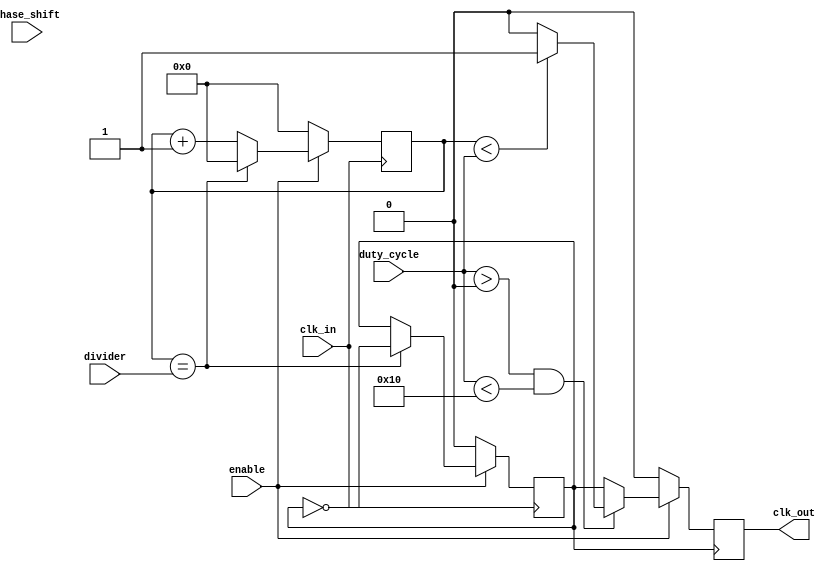
module programmable_clock_buffer (
    input wire clk_in,               // Primary clock input
    input wire enable,               // Enable signal for the clock buffer
    input wire [3:0] divider,        // Programmable frequency divider (2^N)
    input wire [3:0] phase_shift,    // Programmable phase shift
    input wire [3:0] duty_cycle,      // Programmable duty cycle (0-15)
    output reg clk_out               // Programmable output clock
);

    // Internal signals
    reg [3:0] counter;               // Counter for the clock divider
    reg clk_div;                     // Divided clock signal
    reg [3:0] phase_counter;         // Phase shift counter
    reg duty_signal;                 // Duty cycle modulated clock signal

    // Clock Divider Logic
    always @(posedge clk_in) begin
        if (enable) begin
            if (counter == divider) begin
                clk_div <= ~clk_div;  // Toggle divided clock
                counter <= 0;          // Reset counter
            end else begin
                counter <= counter + 1; // Increment counter
            end
        end else begin
            clk_div <= 0;              // Disable divided clock
            counter <= 0;              // Reset counter
        end
    end

    // Phase Shifter Logic
    always @(posedge clk_div) begin
        if (enable) begin
            if (phase_counter < phase_shift) begin
                phase_counter <= phase_counter + 1; // Increment phase counter
            end else begin
                phase_counter <= 0;                     // Reset phase counter
                duty_signal <= ~duty_signal;           // Toggle duty signal
            end
        end
    end

    // Duty Cycle Control Logic
    always @(posedge clk_div) begin
        if (enable) begin
            if (duty_cycle > 0 && duty_cycle < 16) begin
                if (counter < duty_cycle) begin
                    clk_out <= 1; // High state
                end else begin
                    clk_out <= 0; // Low state
                end
            end else begin
                clk_out <= clk_div; // Default output if duty cycle is invalid
            end
        end else begin
            clk_out <= 0; // Output off when not enabled
        end
    end

endmodule